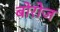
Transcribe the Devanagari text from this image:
बोरोज